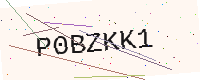
Text: P0BZKK1